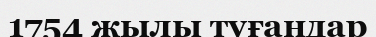
1754 жылы туғандар